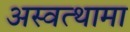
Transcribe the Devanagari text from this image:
अस्वत्थामा